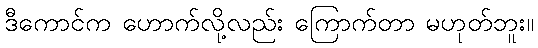
ဒီကောင်က ဟောက်လို့လည်း ကြောက်တာ မဟုတ်ဘူး။